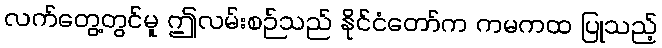
လက်တွေ့တွင်မူ ဤလမ်းစဉ်သည် နိုင်ငံတော်က ကမကထ ပြုသည့်